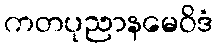
ကတပုညာနမေဝိဒံ